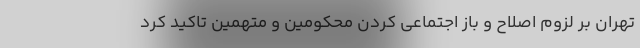
تهران بر لزوم اصلاح و باز اجتماعی کردن محکومین و متهمین تاکید کرد